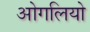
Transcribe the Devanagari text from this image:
ओगलियो